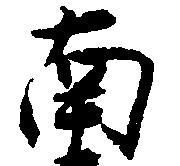
南